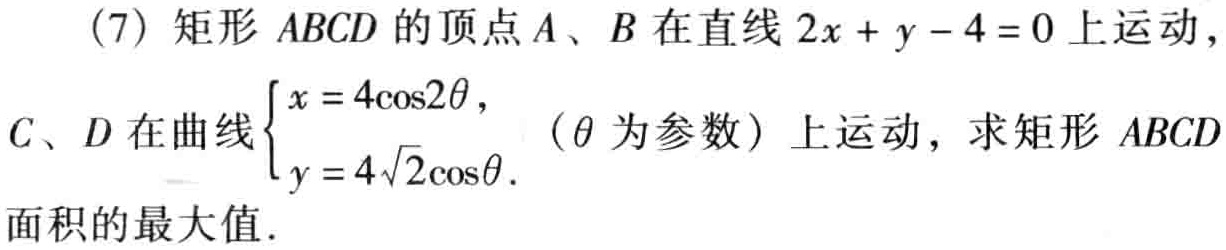
(7) 矩形 \(ABCD\) 的顶点 \(A\)、\(B\) 在直线 \(2x + y - 4 = 0\) 上运动，

\(C\)、\(D\) 在曲线\(\begin{cases}x = 4\cos2\theta,\\y = 4\sqrt{2}\cos\theta.\end{cases}\)（\(\theta\) 为参数）上运动，求矩形 \(ABCD\)

面积的最大值.